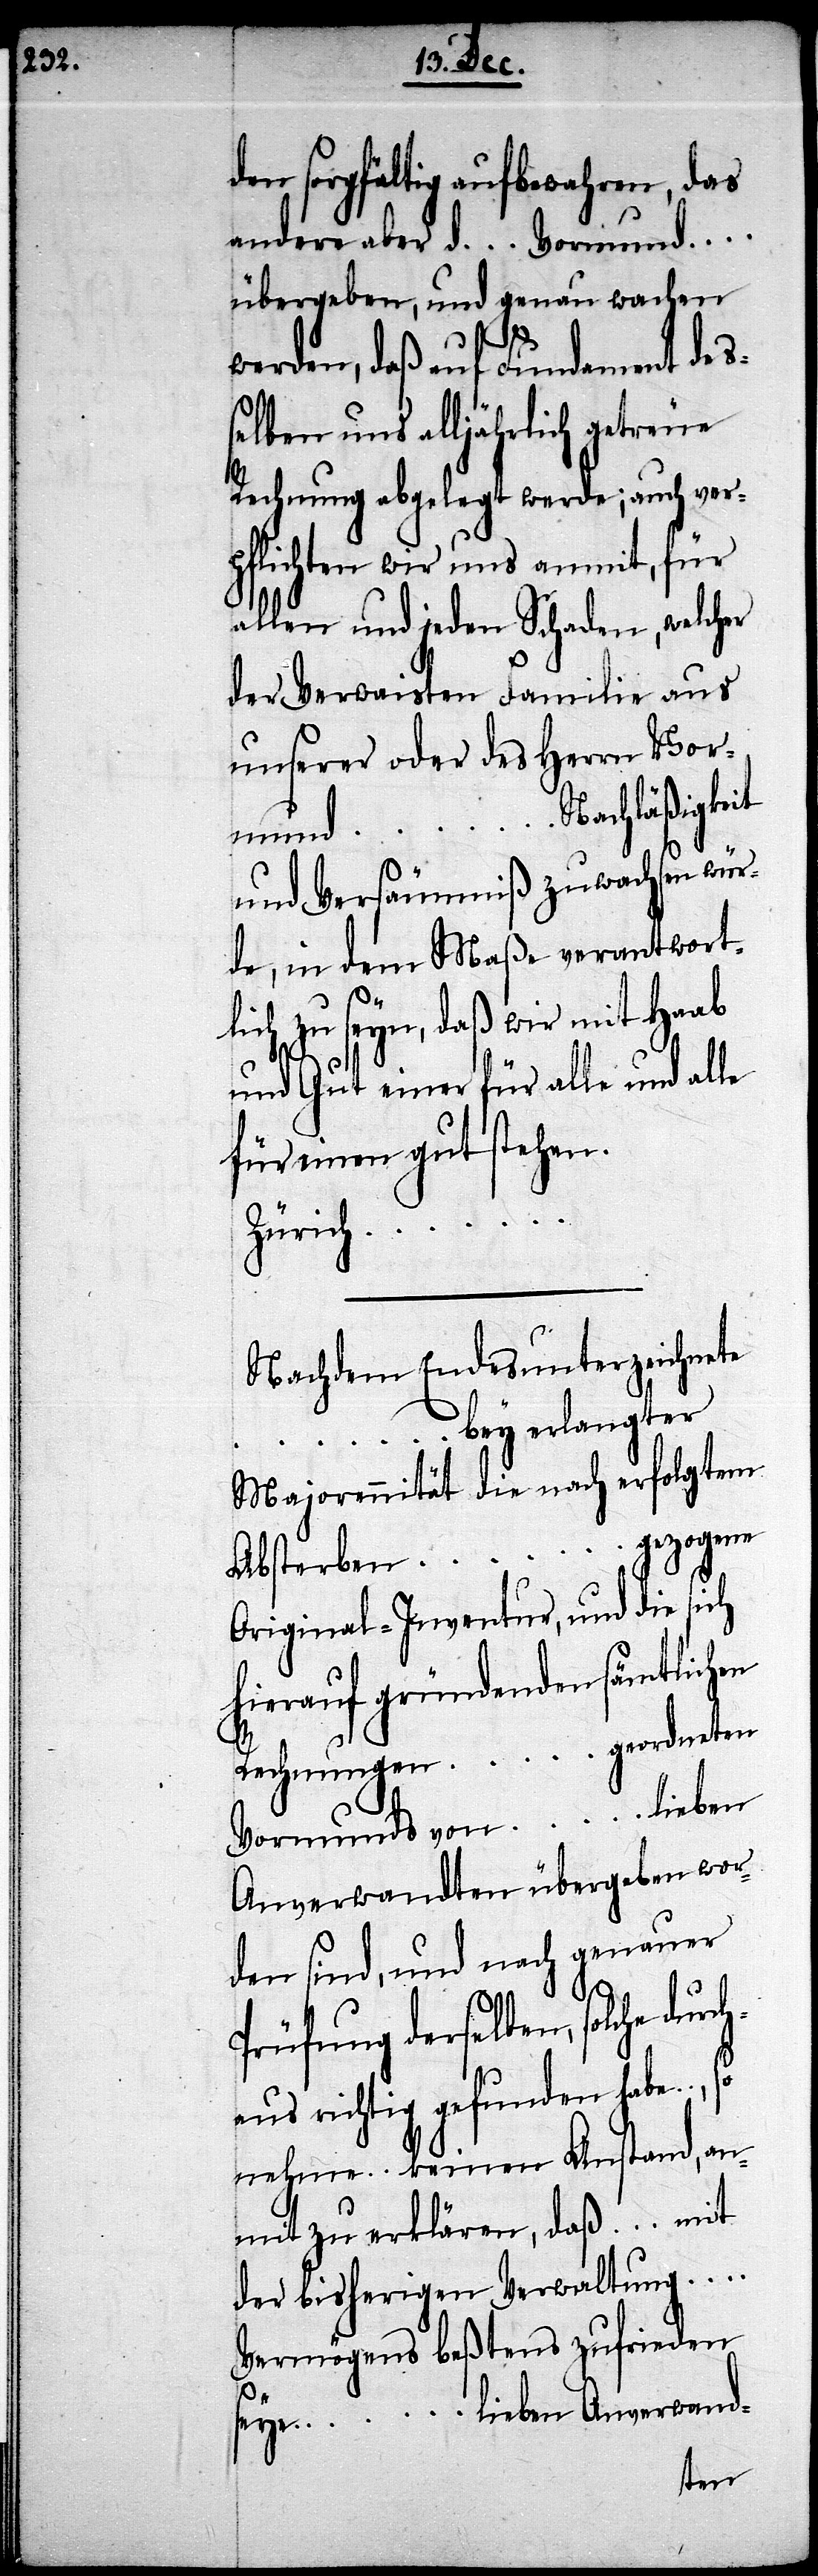
den sorgfältig aufbewahren, das
andere aber d… Vormund…
übergeben, und genau wachen
werden, daß auf Fundament deß¬
elben uns alljährlich getreue
Rechnung abgelegt werde; auch ver¬
pflichten wir uns anmit, für
allen und jeden Schaden, welcher
der Verwaisten Familie aus
unserer oder des Herrn Vor¬
mund… Nachläßigkeit
und Versäumniß zuwachsen wür¬
de, in dem Maße verantwort¬
lich zu seyn, daß wir mit Haab
und Gut einer für alle und alle
für einen gut stehen.
durch¬
Nachdem Endesunterzeichnete
… bey erlangter
Majorennität die nach erfolgtem
Absterben … gezogene
Original-Inventur, und die sich
hierauf gründenden sämtlichen
Rechnungen … geordneten
Vormunds von … .lieben
Anverwandten übergeben wor¬
den sind, und nach genauer
Prüfung derselben, solche
aus richtig gefunden habe…, so
nehme… keinen Anstand, an¬
mit zu erklären, daß … mit
der bisherigen Verwaltung …
Vermögens beßtens zufrieden
lieben Anverwand-
seye…